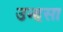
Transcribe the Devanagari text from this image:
उन्हसा